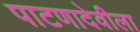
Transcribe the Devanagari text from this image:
पाटणादेवीला